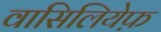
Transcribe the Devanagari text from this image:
वासिलियेफ़